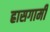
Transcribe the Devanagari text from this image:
ह्रासगामी